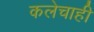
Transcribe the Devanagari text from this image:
कलेचाही